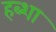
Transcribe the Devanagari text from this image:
हब्शा